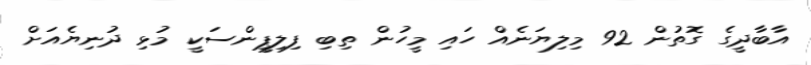
އާބާދީގެ ގޮތުން 92 މިލިޔަނެއް ހައި މީހުން ތިބި ފިލިޕީންސަކީ މުޅި ދުނިޔެއަށް